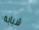
شبابه